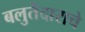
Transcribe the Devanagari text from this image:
बलुतेदाराचे